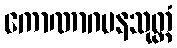
ကောဏာဂမနသုတ္တံ